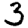
Digit: 3